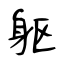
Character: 躯